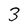
Character: 3